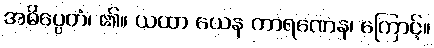
အဓိပ္ပေတံ၊ ၏။ ယထာ ယေန ကာရဏေန၊ ကြောင့်။